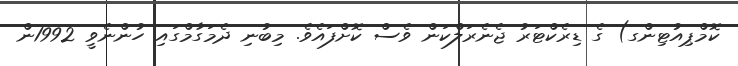
ކޮމްޕިއުޓިންގ) ގެ ޑިރެކްޓަރު ޖެނެރަލްކަން ވެސް ކޮށްފައެވެ. މިބުނި ދެމަގާމްގައި ހުންނެވީ 1992ން